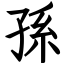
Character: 孫